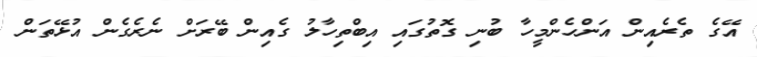
އޭގެ ތެެރެއިން އަންހެންމީހާ ބުނި ގޮތުގައި އިބްތިހާލު ގެއިން ބޭރަށް ނެރެގެން އުޅޭތަން